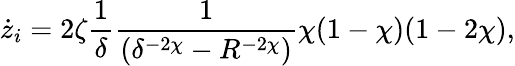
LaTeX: \dot{z}_{i}=2\zeta\frac{1}{\delta}\frac{1}{\left(\delta^{-2\chi}-R^{-2\chi}\right)}\chi(1-\chi)(1-2\chi),